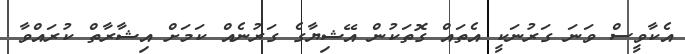
އެކާވީސް ވަނަ ގަރުނަކީ އެތައް ގޮތަކުން އޭޝިޔާގެ ގަރުނެއް ކަމަށް އިޝާރާތް ކުރައްވާ